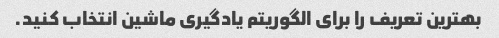
بهترین تعریف را برای الگوریتم یادگیری ماشین انتخاب کنید.